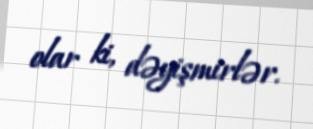
olar ki, dəyişmirlər.